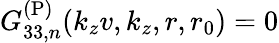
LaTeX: G_{33,n}^{\mathrm{(P)}}(k_{z}v,k_{z},r,r_{0})=0